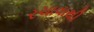
રચાવાથી